Note on the mental hospitals in Burma - 1925-1940
Year: 1925
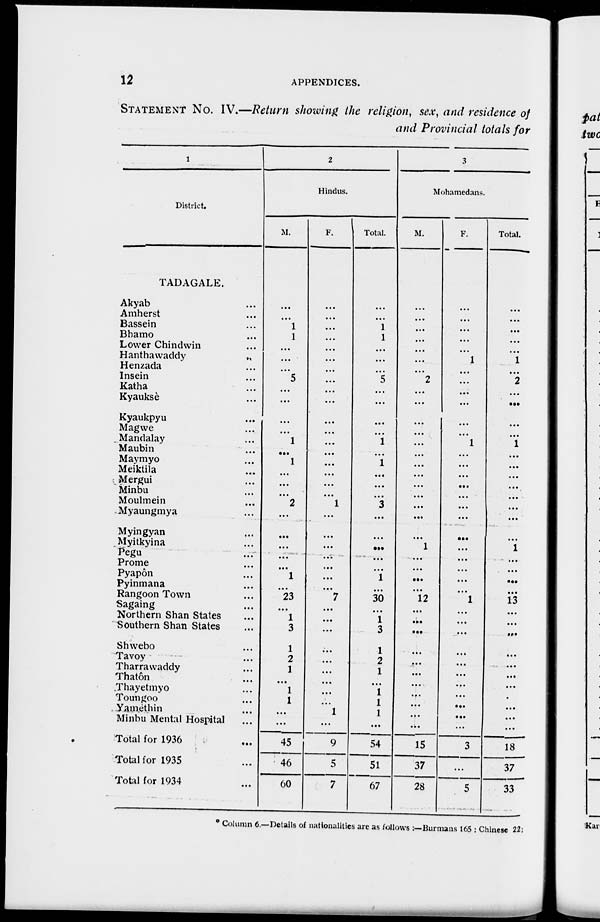
12
APPENDICES.
STATEMENT No. IV.—Return showing the religion, sex, and residence of
and Provincial totals for
1
District.
TADAGALE.
Akyab ...
Amherst ...
Bassein ...
Bhamo ...
Lower Chindwin ...
Hanthawaddy
...
Henzada ...
lnsein ...
Katha ...
Kyauksè ...
Kyaukpyu ...
Magwe ...
Mandalay ...
Maubin ...
Maymyo ...
Meiktila ...
Mergui ...
Minbu ...
Moulmein ...
Myaungmya ...
Myingyan ...
Myitkyina ...
Pegu ...
Prome ...
Pyapôn ...
Pyinmana ...
Rangoon Town ...
Sagaing ...
Northern Shan States ...
Southern Shan States ...
Shwebo ...
Tavoy ...
Tharrawaddy ...
Thatôn ...
Thayetmyo ...
Toungoo ...
Yamethin ...
Minbu Mental Hospital ...
Total for 1936 ...
Total for 1935 ...
Total for 1934 ...
2
Hindus.
M.
...
...
1
1
...
...
...
5
...
...
...
...
1
...
1
...
...
...
2
...
...
...
...
...
1
...
23
...
1
3
1
2
1
...
1
1
...
...
45
46
60
F.
...
...
...
...
...
...
...
...
...
...
...
...
...
...
...
...
...
...
1
...
...
...
...
...
...
...
7
...
...
...
...
...
...
...
...
...
1
...
9
5
7
Total.
...
...
1
1
...
...
...
5
...
...
...
...
1
...
1
...
...
...
3
...
...
...
...
...
1
...
30
...
1
3
1
2
1
...
1
1
1
...
54
51
67
3
Mohamedans.
M.
...
...
...
...
...
...
...
2
...
...
...
...
...
...
...
...
...
...
...
...
...
1
...
...
...
...
12
...
...
...
...
...
...
...
...
...
...
...
15
37
28
F.
...
...
...
...
...
1
...
...
...
...
...
...
1
...
...
...
...
...
...
...
...
...
...
...
...
...
1
...
...
...
...
...
...
...
...
...
...
...
3
...
5
Total.
...
...
...
...
...
1
...
2
...
...
...
...
1
...
...
...
...
...
...
...
...
1
...
...
...
...
13
...
...
...
...
...
...
...
...
...
...
...
18
37
33
* Column 6.—Details of nationalities are as follows :—Burmans 165 ; Chinese 22;